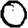
Digit: 0